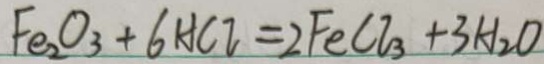
F e _ { 2 } O _ { 3 } + 6 H C l = 2 F e C l _ { 3 } + 3 H _ { 2 } O